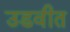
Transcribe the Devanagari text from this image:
उडवीत